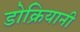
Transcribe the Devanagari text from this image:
डोक्रियानी